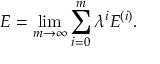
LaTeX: E = \operatorname* { l i m } _ { m \to \infty } \sum _ { i = 0 } ^ { m } \lambda ^ { i } E ^ { ( i ) } .